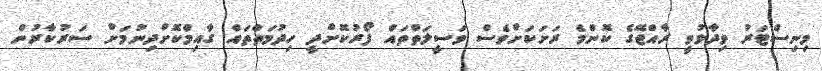
މިނިސްޓަރު ވިދާޅުވީ ރާއްޖޭގެ ކޮންމެ ރަށަކަށްވެސް ވަސީލަތްތައް ފޯރުކޮށްދީ ހިދުމަތްތައް ގާއިމްކޮށްދިނުމަށް ސަރުކާރުން